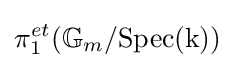
\pi _{1}^{et}(\mathbb {G} _{m}/{\text{Spec(k)}})